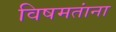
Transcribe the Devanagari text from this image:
विषमतांना